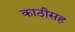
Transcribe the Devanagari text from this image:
काठीसह